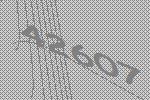
42607